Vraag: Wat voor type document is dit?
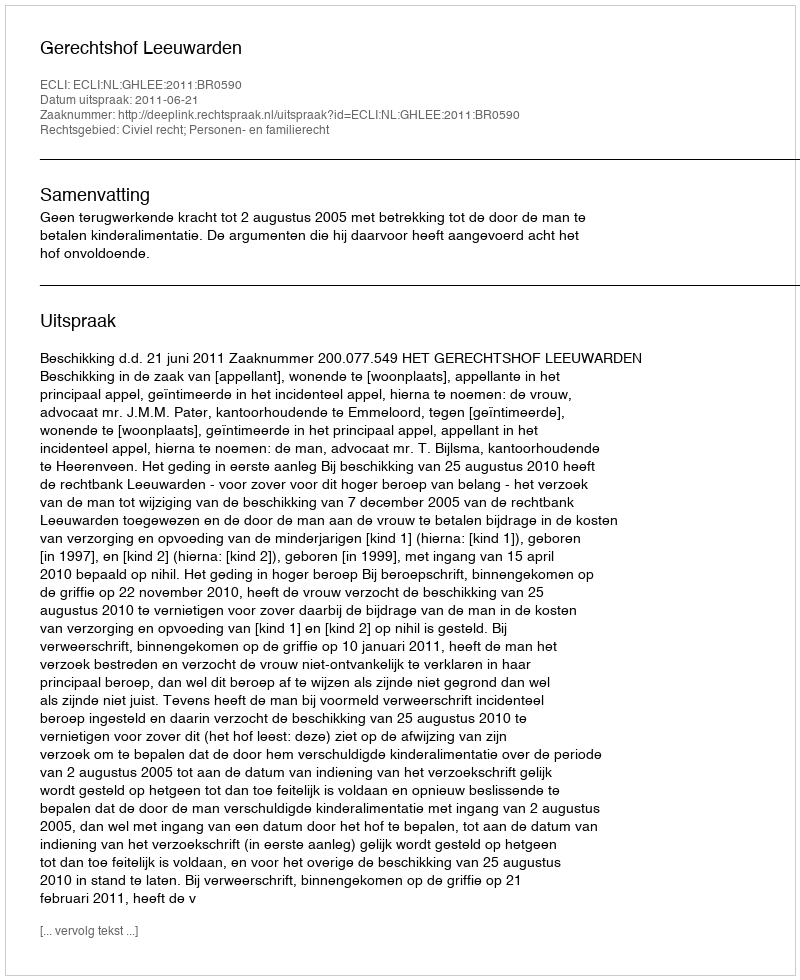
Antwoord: Uitspraak